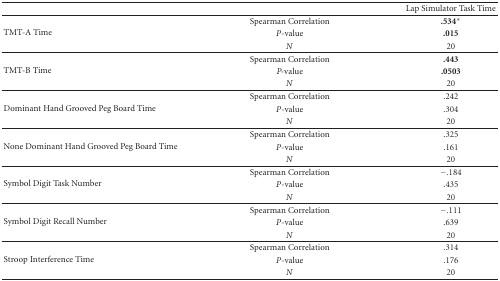
|  |  | Lap Simulator Task Time |
 | --- | --- | --- |
 | <ROWSPAN=3> TMT-A Time | Spearman Correlation | .534* |
 | P-value | .015 |
 | N | 20 |
 | <ROWSPAN=3> TMT-B Time | Spearman Correlation | .443 |
 | P-value | .0503 |
 | N | 20 |
 | <ROWSPAN=3> Dominant Hand Grooved Peg Board Time | Spearman Correlation | .242 |
 | P-value | .304 |
 | N | 20 |
 | <ROWSPAN=3> None Dominant Hand Grooved Peg Board Time | Spearman Correlation | .325 |
 | P-value | .161 |
 | N | 20 |
 | <ROWSPAN=3> Symbol Digit Task Number | Spearman Correlation | −.184 |
 | P-value | .435 |
 | N | 20 |
 | <ROWSPAN=3> Symbol Digit Recall Number | Spearman Correlation | −.111 |
 | P-value | .639 |
 | N | 20 |
 | <ROWSPAN=3> Stroop Interference Time | Spearman Correlation | .314 |
 | P-value | .176 |
 | N | 20 |